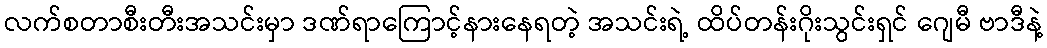
လက်စတာစီးတီးအသင်းမှာ ဒဏ်ရာကြောင့်နားနေရတဲ့ အသင်းရဲ့ ထိပ်တန်းဂိုးသွင်းရှင် ဂျေမီ ဗာဒီနဲ့